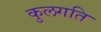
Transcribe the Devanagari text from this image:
कुलगति